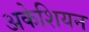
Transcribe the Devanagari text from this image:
अकेशियन